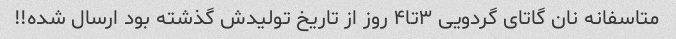
متاسفانه نان گاتای گردویی ۳تا۴ روز از تاریخ تولیدش گذشته بود ارسال شده!!